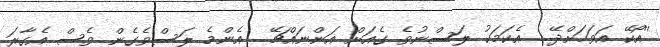
''އޯކޭ އަވަހަށްދޭ... އެކަމަކު ލަސްނުވެ ގެއަށް އަންނައްޗޭ... އެންމެ ލަސްވެގެން ވެސް އެގާރަ